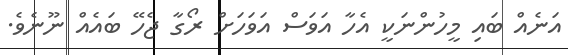
އަނެއް ބައި މީހުންނަކީ އެހާ އަވަސް އަވަހަށް ރޯގާ ޖެހޭ ބައެއް ނޫނެވެ.